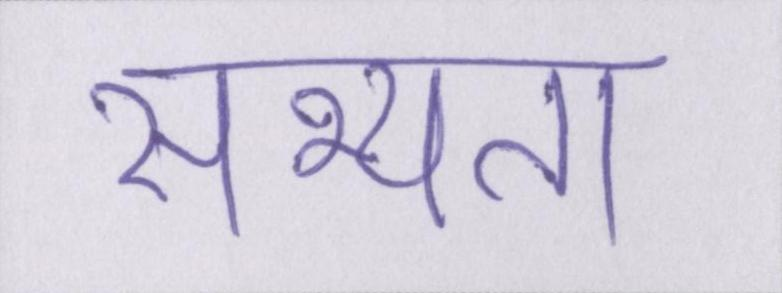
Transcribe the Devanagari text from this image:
सभ्यता